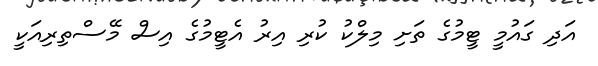
އަދި ގައުމީ ޓީމުގެ ތަށި މިލްކު ކުރި އިރު އެޓީމުގެ އިސް މޭސްތިރިއަކީ